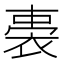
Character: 𧚐